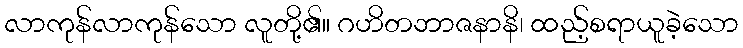
လာကုန်လာကုန်သော လူတို့၏။ ဂဟိတဘာဇနာနိ၊ ထည့်စရာယူခဲ့သော